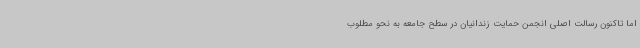
اما تاکنون رسالت اصلی انجمن حمایت زندانیان در سطح جامعه به نحو مطلوب